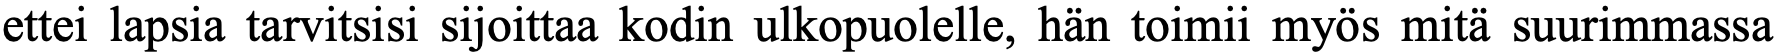
ettei lapsia tarvitsisi sijoittaa kodin ulkopuolelle, hän toimii myös mitä suurimmassa